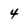
Character: 4